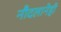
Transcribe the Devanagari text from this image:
नौदलानेही